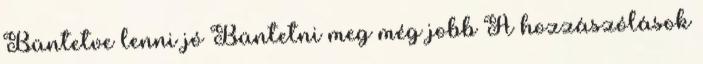
Büntetve lenni jó Büntetni meg még jobb A hozzászólások